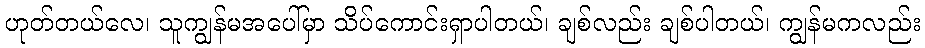
ဟုတ်တယ်လေ၊ သူကျွန်မအပေါ်မှာ သိပ်ကောင်းရှာပါတယ်၊ ချစ်လည်း ချစ်ပါတယ်၊ ကျွန်မကလည်း